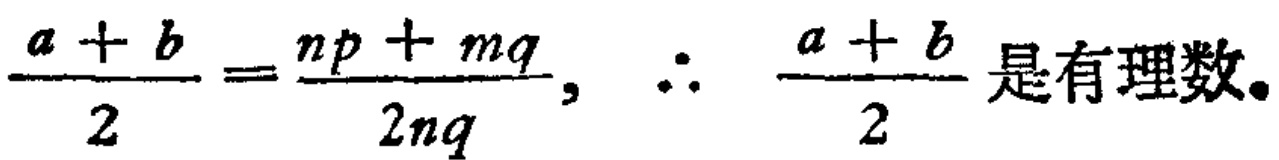
\(\frac{a + b}{2}=\frac{np + mq}{2nq},\ \therefore\ \frac{a + b}{2}\text{是有理数。}\)